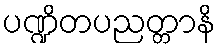
ပဏ္ဍိတပညတ္တာနိ